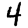
Digit: 4